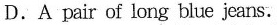
D.A pair of long blue jeans.